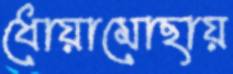
ধোয়ামোছায়